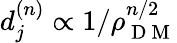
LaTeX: d_{j}^{(n)}\propto 1/\rho_{\mathrm{~D~M~}}^{n/2}